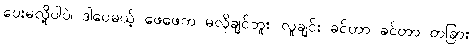
ပေးမလို့ပါပဲ၊ ဒါပေမယ့် ဖေဖေက မလိုချင်ဘူး၊ လူချင်း ခင်တာ ခင်တာ တခြား